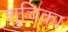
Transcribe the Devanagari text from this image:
शुचिका